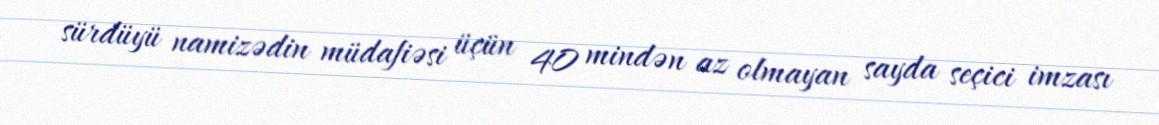
sürdüyü namizədin müdafiəsi üçün 40 mindən az olmayan sayda seçici imzası